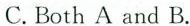
C. Both A and B.